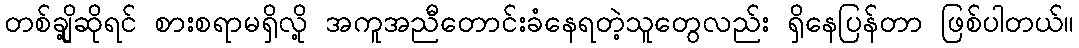
တစ်ချို့ဆိုရင် စားစရာမရှိလို့ အကူအညီတောင်းခံနေရတဲ့သူတွေလည်း ရှိနေပြန်တာ ဖြစ်ပါတယ်။